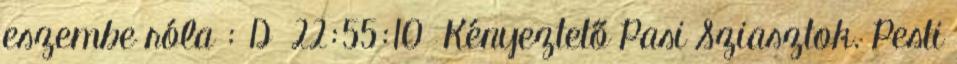
eszembe róla : D 22:55:10 Kényeztető Pasi Sziasztok. Pesti